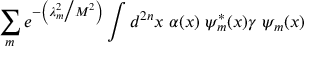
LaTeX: \sum _ { m } e ^ { - \left( \lambda _ { m } ^ { 2 } \big / M ^ { 2 } \right) } \int d ^ { 2 n } x \; \alpha ( x ) \; \psi _ { m } ^ { * } ( x ) \gamma \; \psi _ { m } ( x )